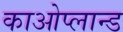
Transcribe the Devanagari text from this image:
काओप्लान्ड